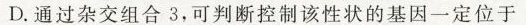
D.通过杂交组合3，可判断控制该性状的基因一定位于